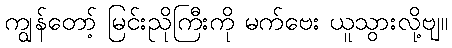
ကျွန်တော့် မြင်းညိုကြီးကို မက်ဗေး ယူသွားလို့ဗျ။